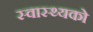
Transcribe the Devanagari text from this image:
स्वास्थ्यको